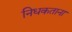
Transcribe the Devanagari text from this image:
निधकताना